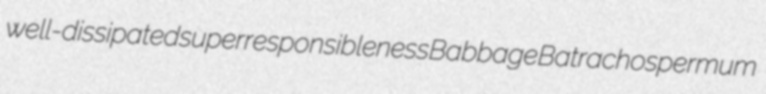
well-dissipated superresponsibleness Babbage Batrachospermum